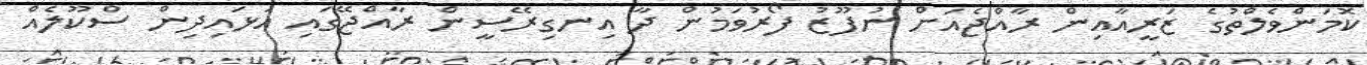
ކޮމަންވެލްތުގެ ޒަރީއާއިން ރާއްޖެއަށް ނުފޫޒު ފޯރުވަމުން ދާ އިނގިރޭސީން ރާއްޖޭގައި އަޅައިދިން ސްކޫލެއް